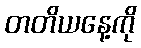
တတိယနေ့ကို